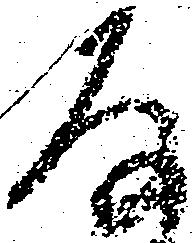
存